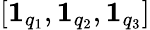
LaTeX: [\boldsymbol{1}_{q_{1}},\boldsymbol{1}_{q_{2}},\boldsymbol{1}_{q_{3}}]